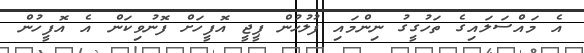
އެ މައްސަލައިގެ ތަހުގީގު ނިންމައި ފުލުހުން ޕީޖީ އޮފީހަށް ފޮނުވިކަން އެ އޮފީހުން